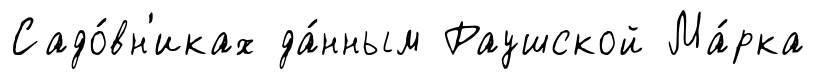
Садо́вн'иках да́нным Раушской Ма́рка